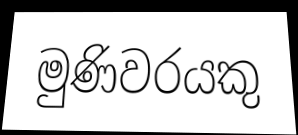
මුණිවරයකු